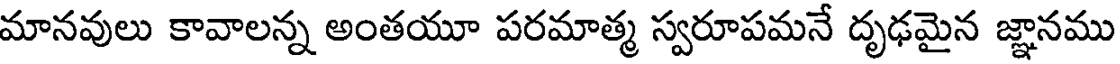
మానవులు కావాలన్న అంతయూ పరమాత్మ స్వరూపమనే దృఢమైన జ్ఞానము